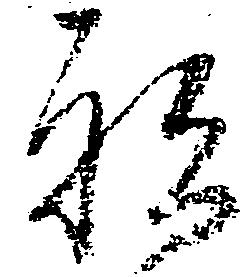
祗